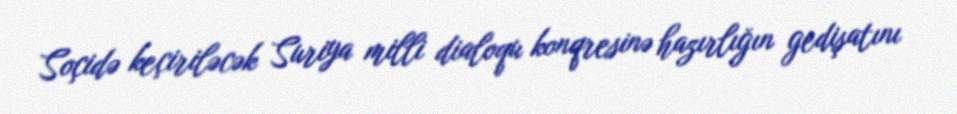
Soçidə keçiriləcək Suriya milli dialoqu konqresinə hazırlığın gedişatını